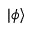
| \phi \rangle